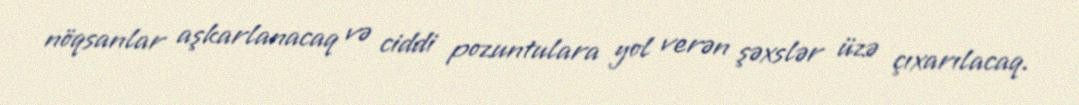
nöqsanlar aşkarlanacaq və ciddi pozuntulara yol verən şəxslər üzə çıxarılacaq.